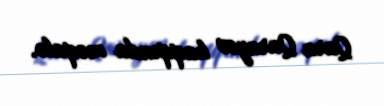
Qara Qarayev haqqında məqalə.